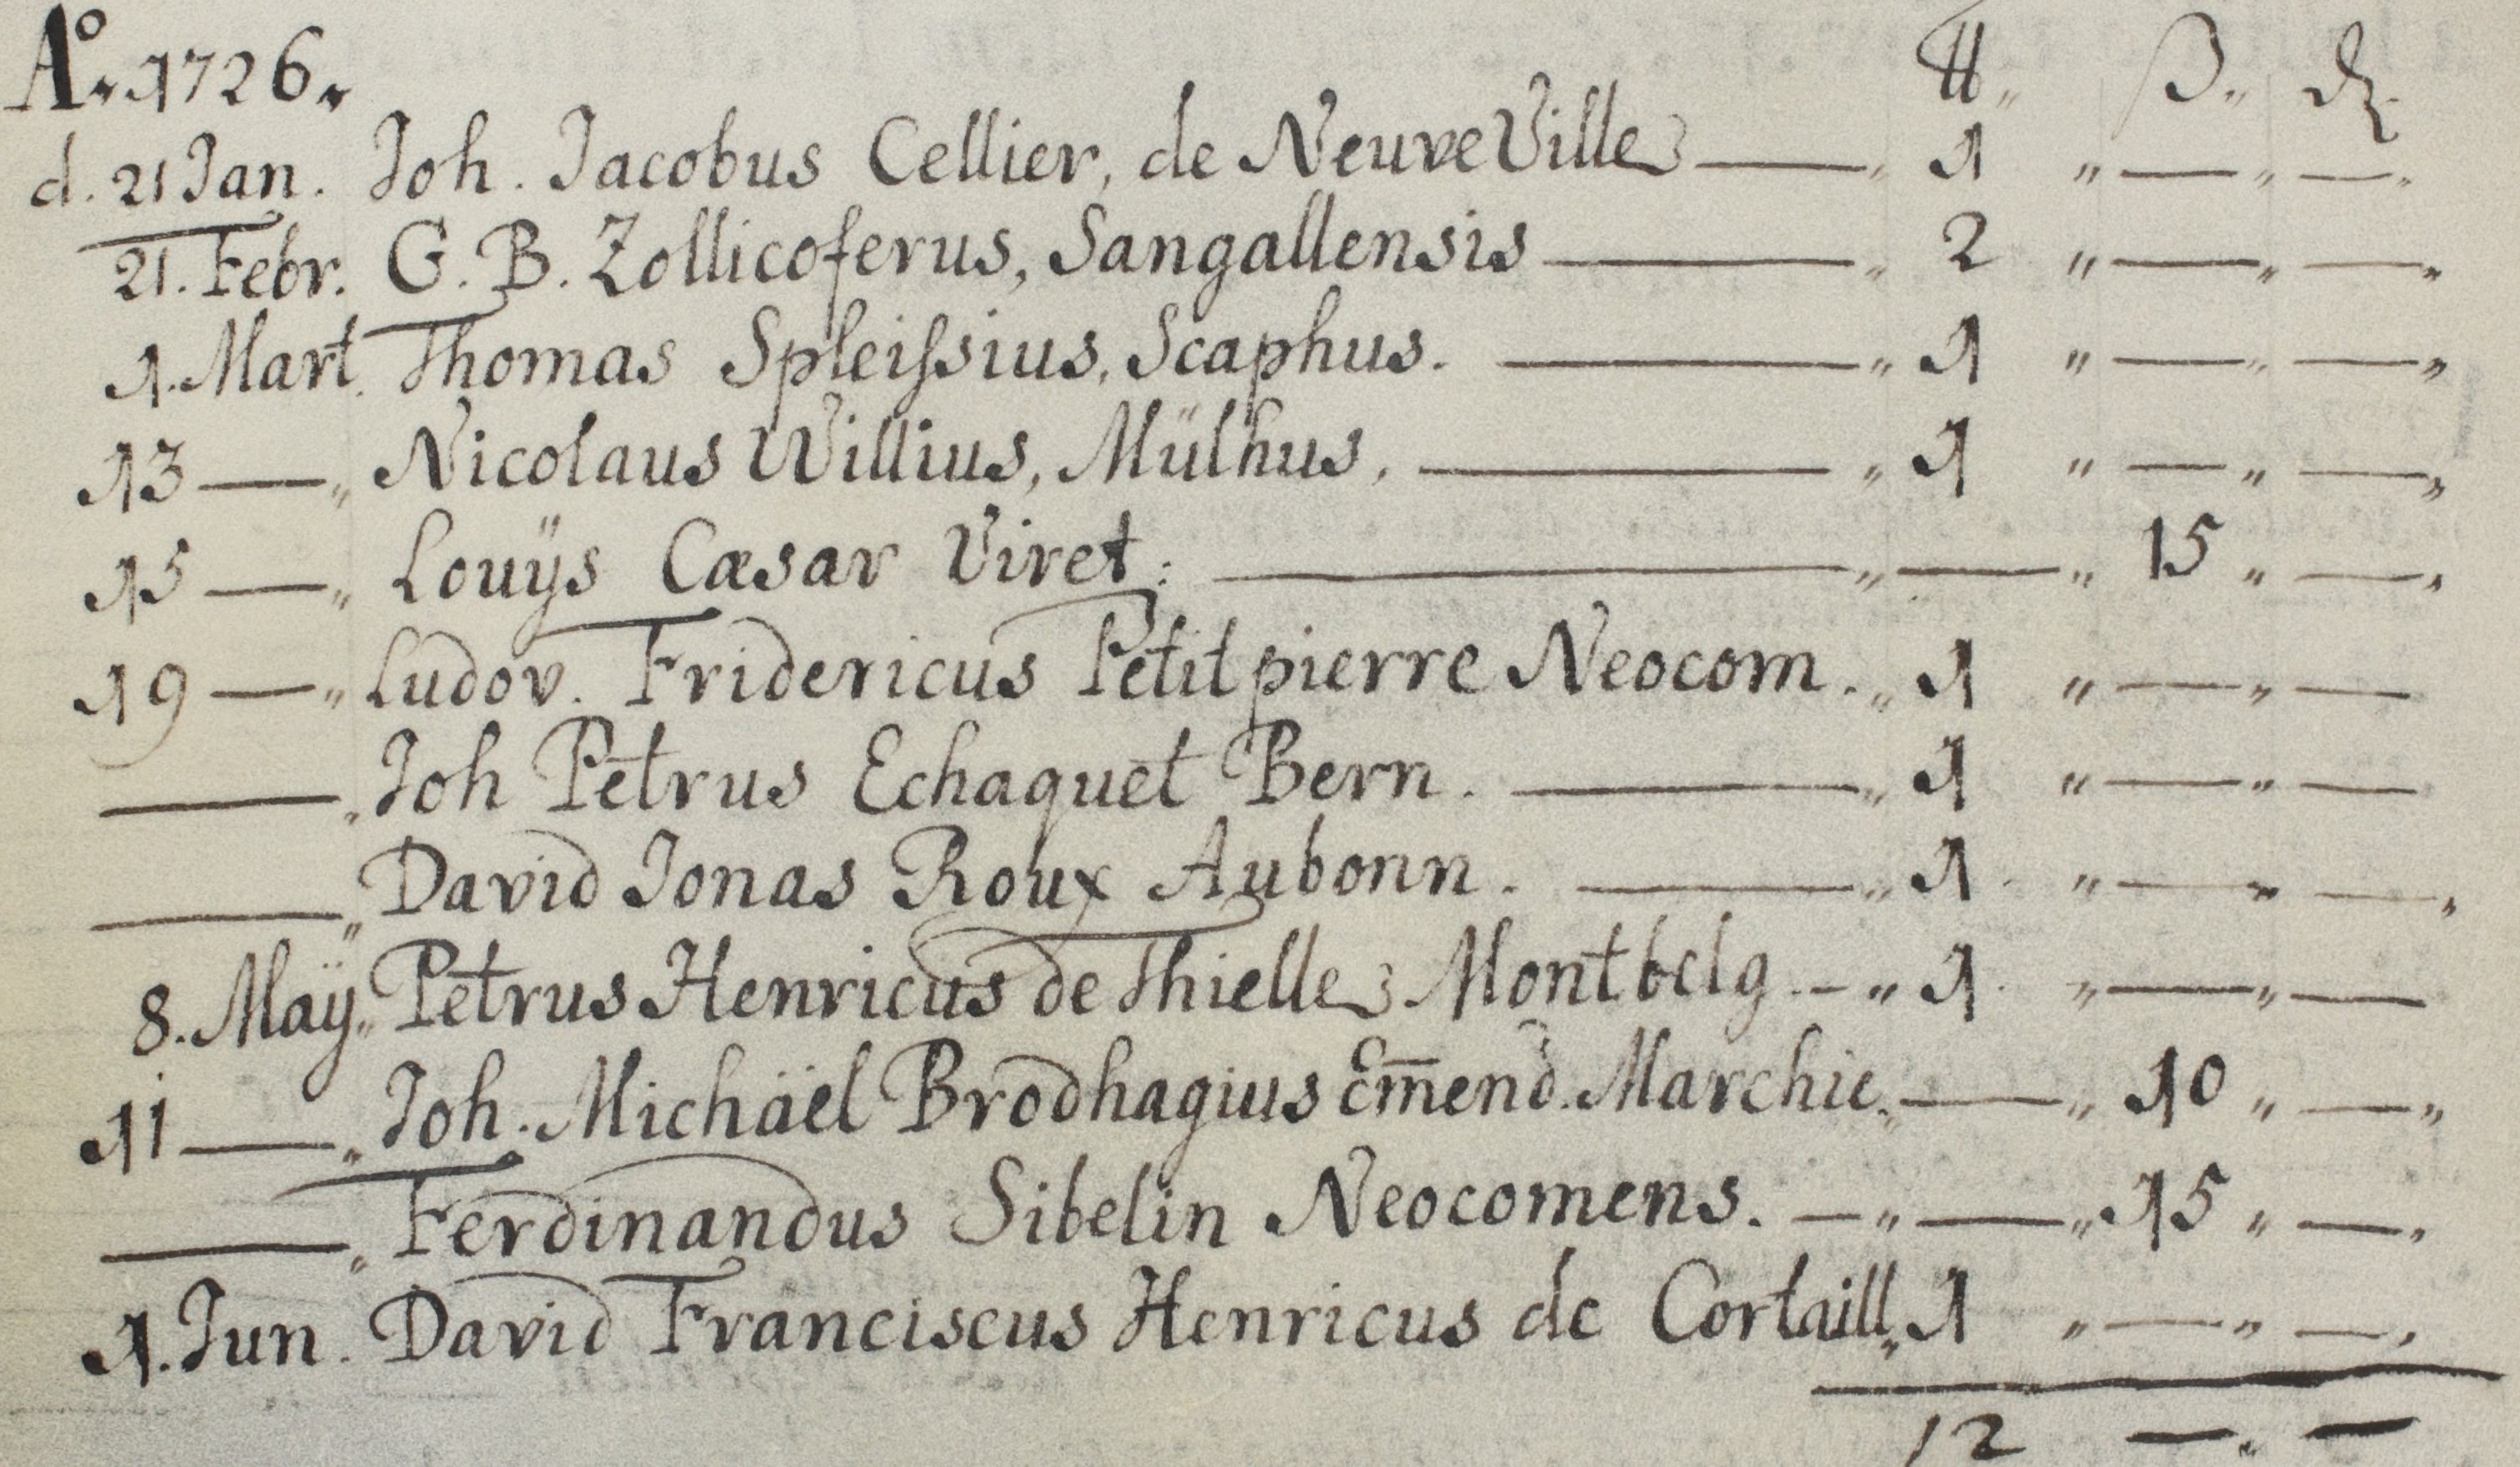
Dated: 1654–1764